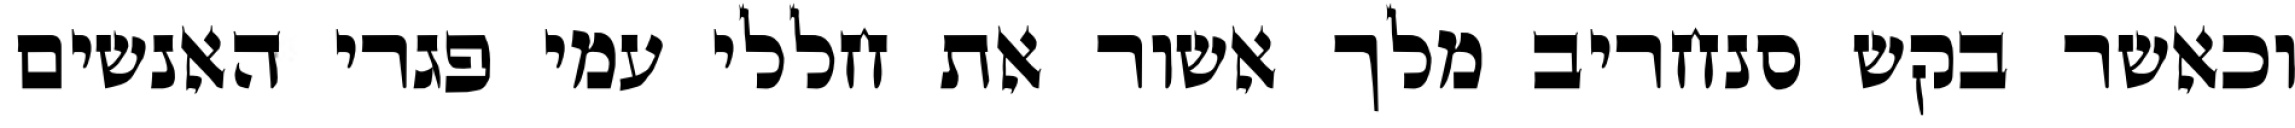
וכאשר בקש סנחריב מלך אשור את חללי עמי פגרי האנשים